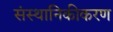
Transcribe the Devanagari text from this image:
संस्थानिकीकरण